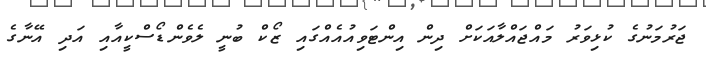
ޖަރުމަނުގެ ކުޅިވަރު މައްޖައްލާއަކަށް ދިން އިންޓަވިއުއެއްގައި ޒޯކް ބުނީ ލެވެންޑޯސްކީއާއި އަދި އޭނާގެ